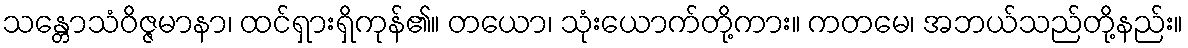
သန္တောသံဝိဇ္ဇမာနာ၊ ထင်ရှားရှိကုန်၏။ တယော၊ သုံးယောက်တို့ကား။ ကတမေ၊ အဘယ်သည်တို့နည်း။